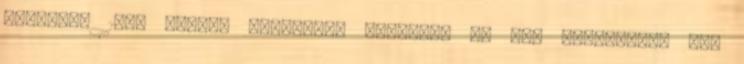
kerestem 100% pamut, egyszerű, egyszínű és nem méregdrága női